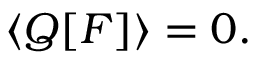
\left\langle Q [ F ] \right\rangle = 0 .